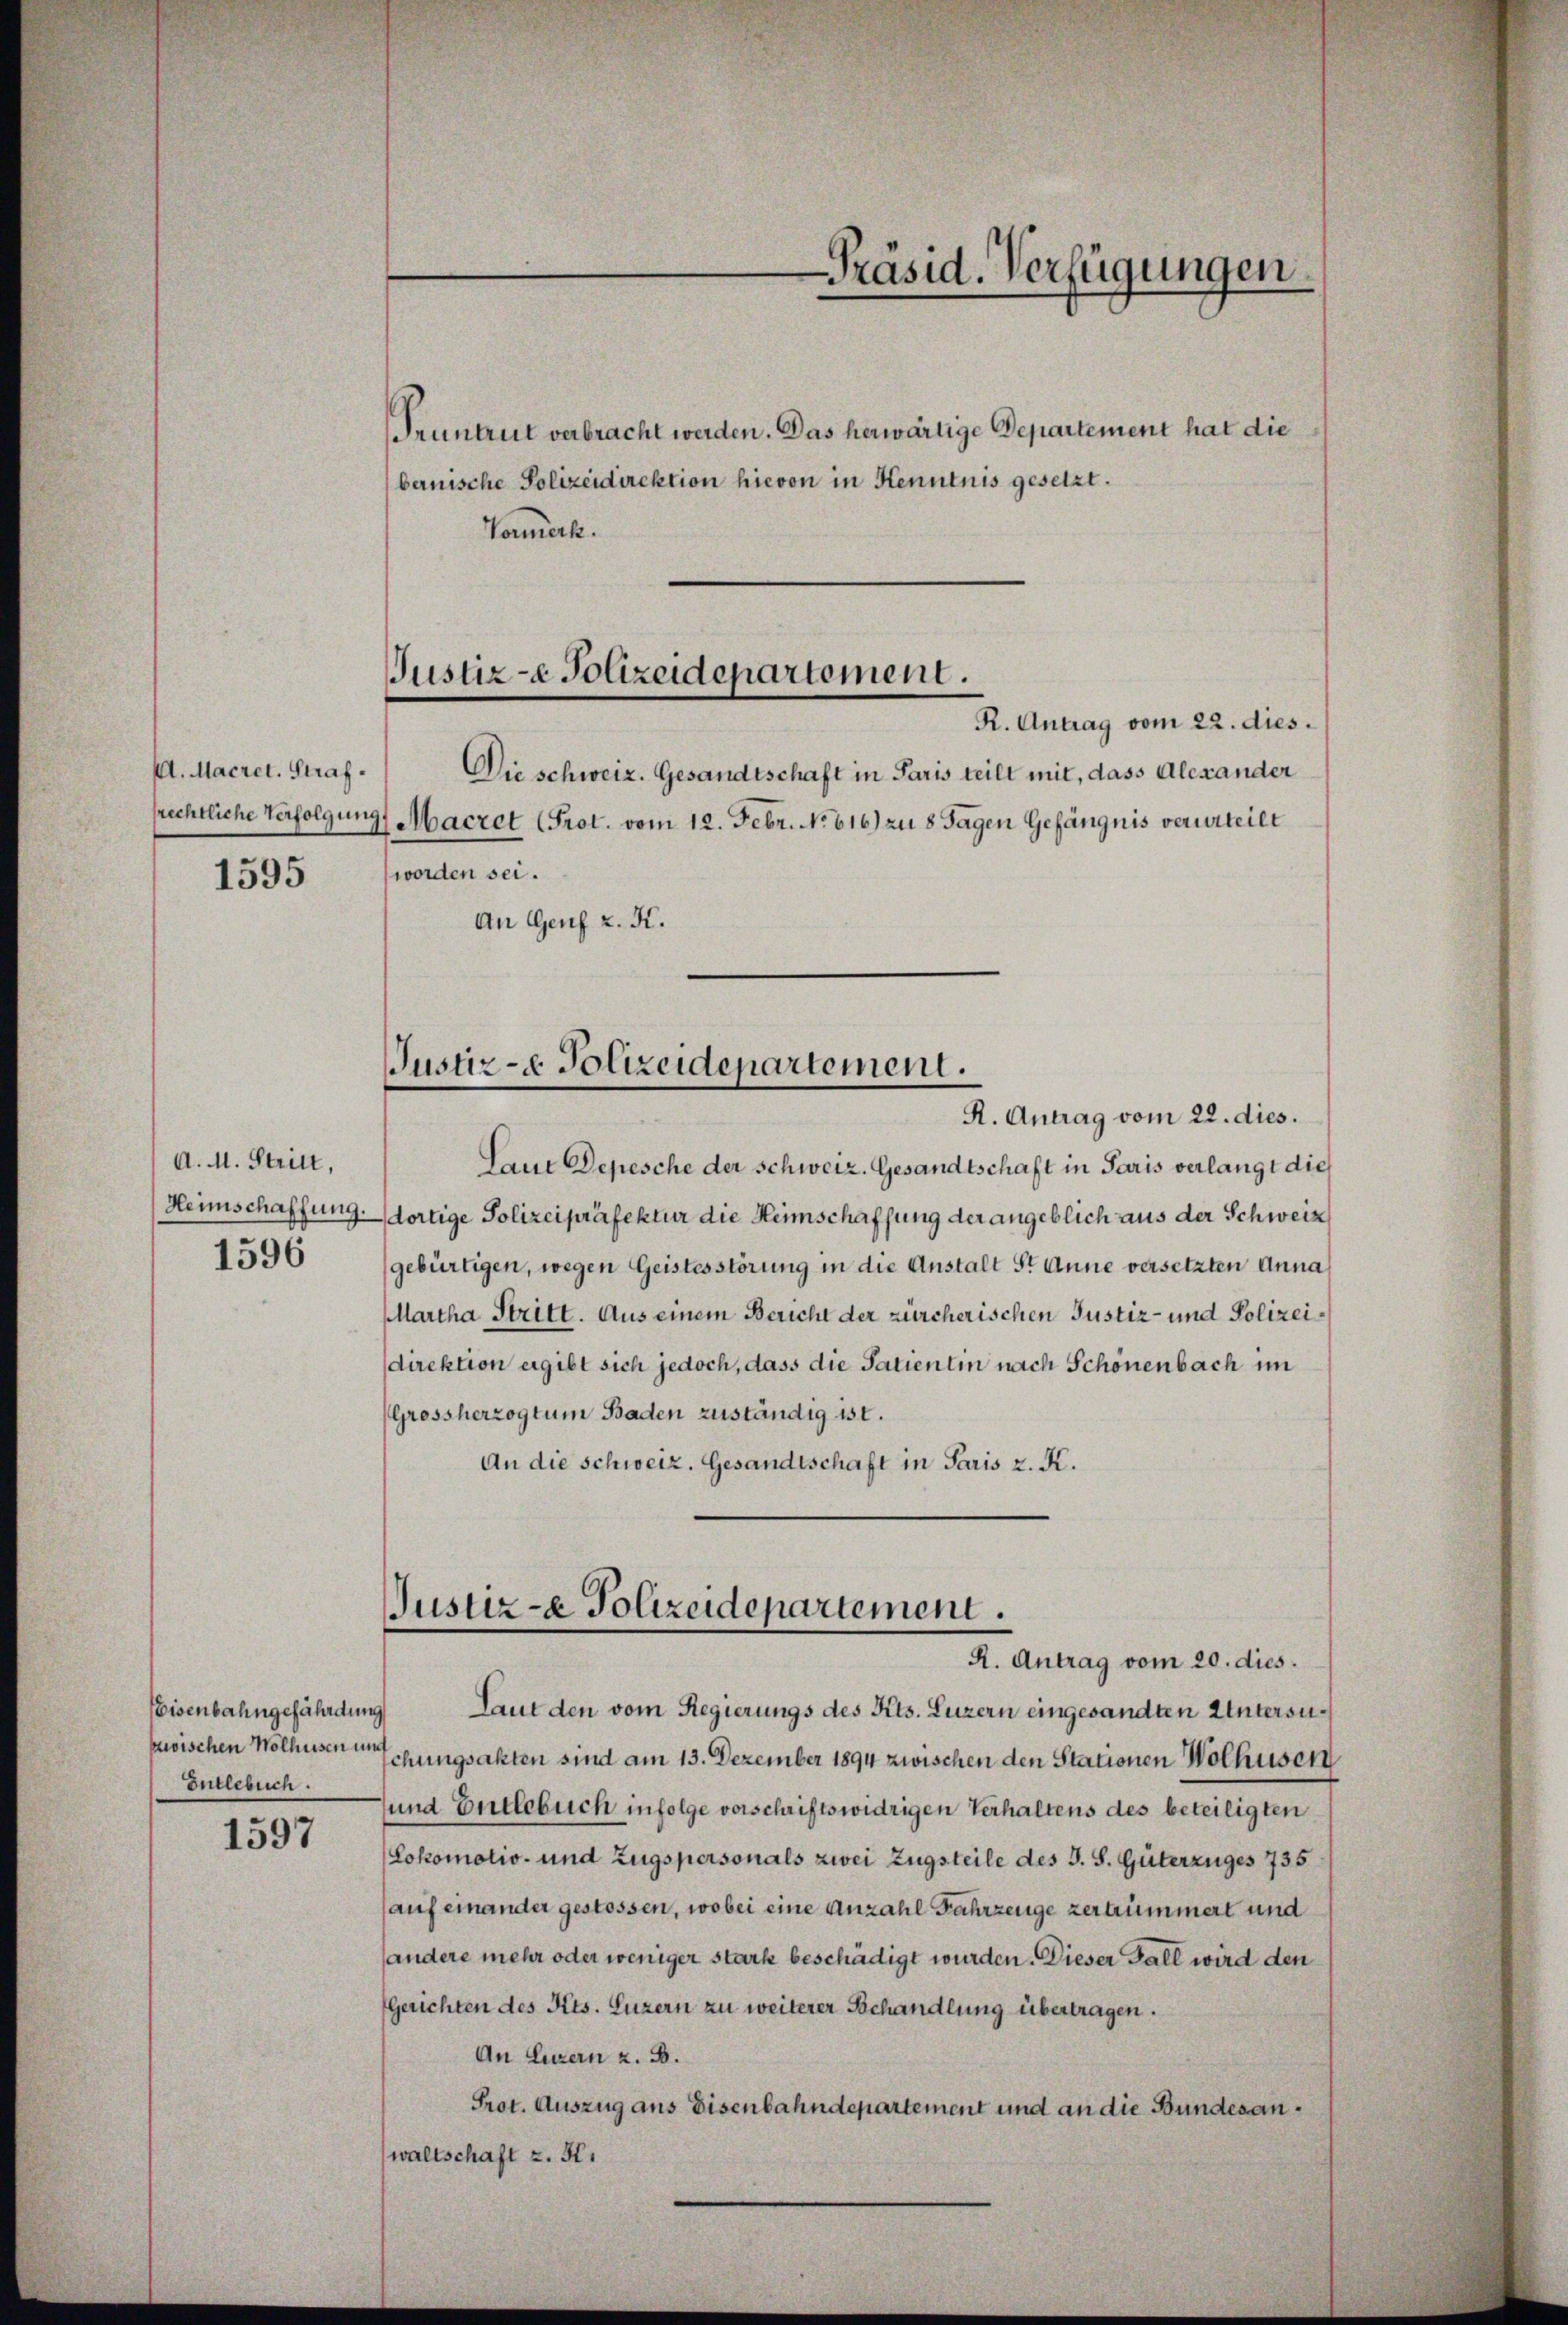
1595

1597

A. Macret. Straf.
frechtliche Verfolgung,

A. M. Stritt,
1596

Eisenbahngefährdung
zwischen Wolhusen und
Entlebuch.

bernische Polizeidirektion hievon in Kenntnis gesetzt.
Vormerk.

Justiz- & Polizeidepartement.
R. Antrag vom 22. dies
Die schweiz. Gesandtschaft in Paris teilt mit, dass Alexander

Macret (Prot. vom 12. Febr. No 616.) zu 8 Tagen Gefängnis verurteilt
worden sei.
An Genf z. K.

R. Antrag vom 22. dies.
Laut Depesche der Schweiz. Gesandtschaft in Paris verlangt die
Heimschaffung dortige Polizeipräfektur die Heimschaffung der angeblich aus der Schweiz
gebürtigen, wegen Geistesstörung in die Anstalt St. Anne versetzten Anna
Martha Stritt. Aus einem Bericht der zürcherischen Justiz- und Polizeidirektion ergibt sich jedoch, dass die Patientin nach Schönenbach im
Grossherzogtum Baden zuständig ist.
An die Schweiz. Gesandtschaft in Paris z. K.

Präsid. Verfügungen.
Pruntrut verbracht werden. Das herwärtige Departement hat die

Justiz- & Polizeidepartement.

Justiz- & Polizeidepartement.
R. Antrag vom 20. dies.

Laut den vom Regierungs des Kts. Luzern eingesandten Untersuschungsakten sind am 13. Dezember 1894 zwischen den Stationen Wolhusen
sund Entlebuch infolge vorschriftswidrigen Verhaltens des beteiligten
(Lokomotio- und Zugspersonals zwei Zugsteile des J. S. Güterzuges 735
auf einander gestossen, wobei eine Anzahl Fahrzeuge zertrümmert und
handere mehr oder weniger stark beschädigt wurden. Dieser Fall wird den
Gerichten des Kts. Luzern zu weiterer Behandlung übertragen.
An Luzern z. B.
Prot. Auszug aus Eisenbahndepartement und an die Bundesanwaltschaft z. H.